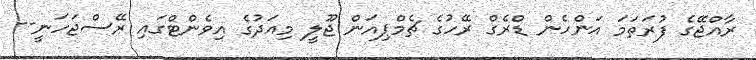
ރާއްޖޭގެ ފުރަތަމަ އަންހެން ޑްރެގް ރޭހުގެ ޗެމްޕިއަން ޖޫލީ މިއަދުގެ އިވެންޓްގައި ރޭސްޖަހަނީ--